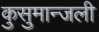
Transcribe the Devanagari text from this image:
कुसुमान्जली